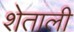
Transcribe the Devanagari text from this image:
शेताली